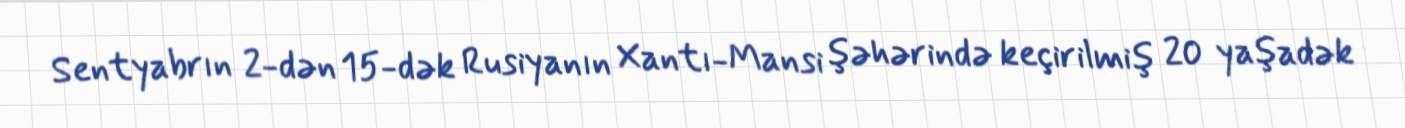
Sentyabrın 2-dən 15-dək Rusiyanın Xantı-Mansi şəhərində keçirilmiş 20 yaşadək